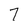
Character: 7